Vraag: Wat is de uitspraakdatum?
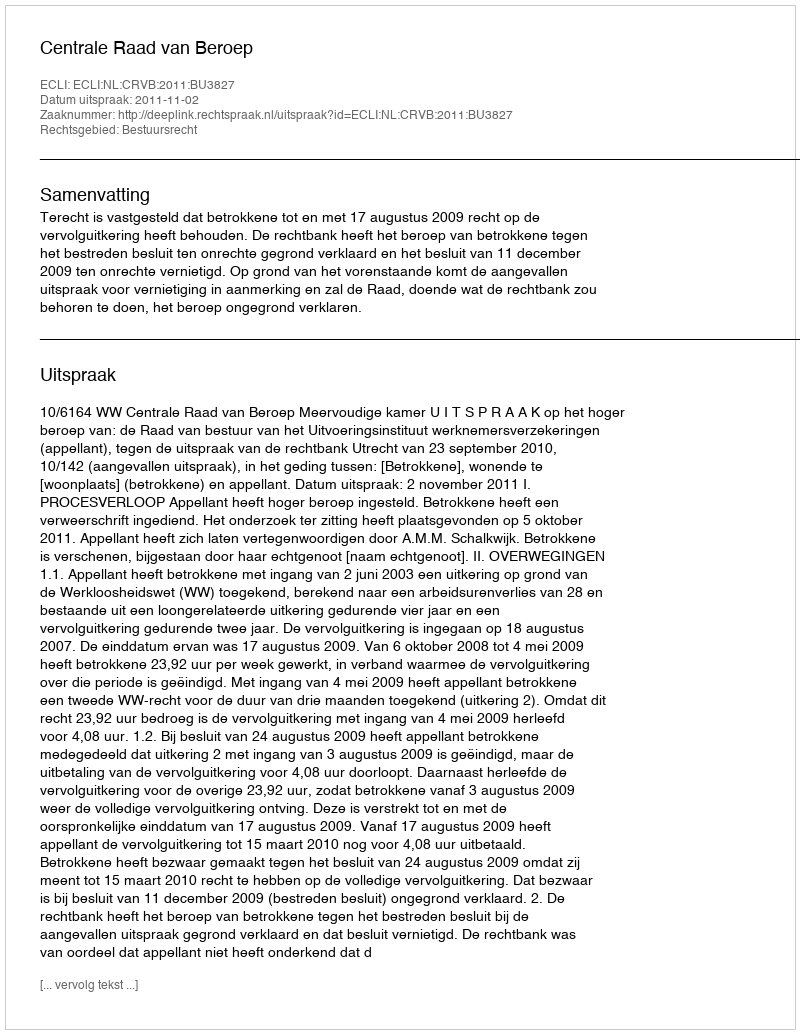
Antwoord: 2011-11-02